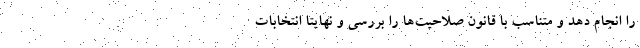
را انجام دهد و متناسب با قانون صلاحیت‌ها را بررسی و نهایتا انتخابات